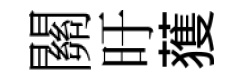
關旴𫉬